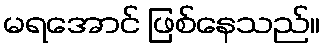
မရအောင် ဖြစ်နေသည်။